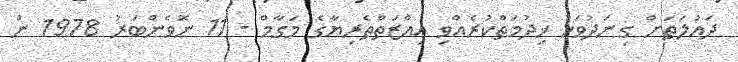
ދައުލަތަށް ގިނަދުވަހު ޚިދުމަތްކުރެއްވި އިއްޒަތްތެރިޔާގެ މަގާމް - 11 ނޮވެންބަރު 1978 ން